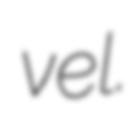
vel.